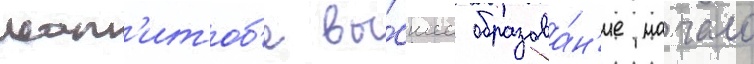
ман'итоб'е вы́сшее образова́н'ие начало